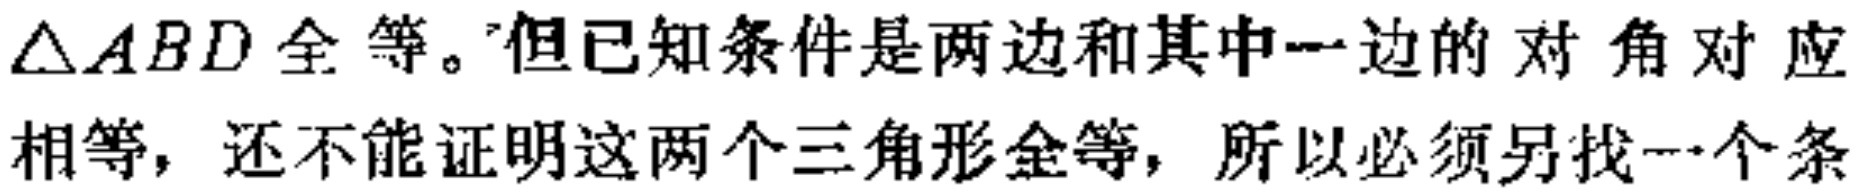
$\triangle ABD$全等。但已知条件是两边和其中一边的对角对应相等，还不能证明这两个三角形全等，所以必须另找一个条